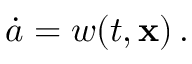
\dot { a } = w ( t , \mathbf { x } ) \, .